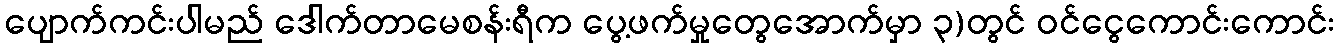
ပျောက်ကင်းပါမည် ဒေါက်တာမေစန်းရီက ပွေ့ဖက်မှုတွေအောက်မှာ ၃)တွင် ဝင်ငွေကောင်းကောင်း